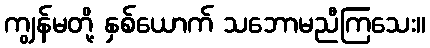
ကျွန်မတို့ နှစ်ယောက် သဘောမညီကြသေး။